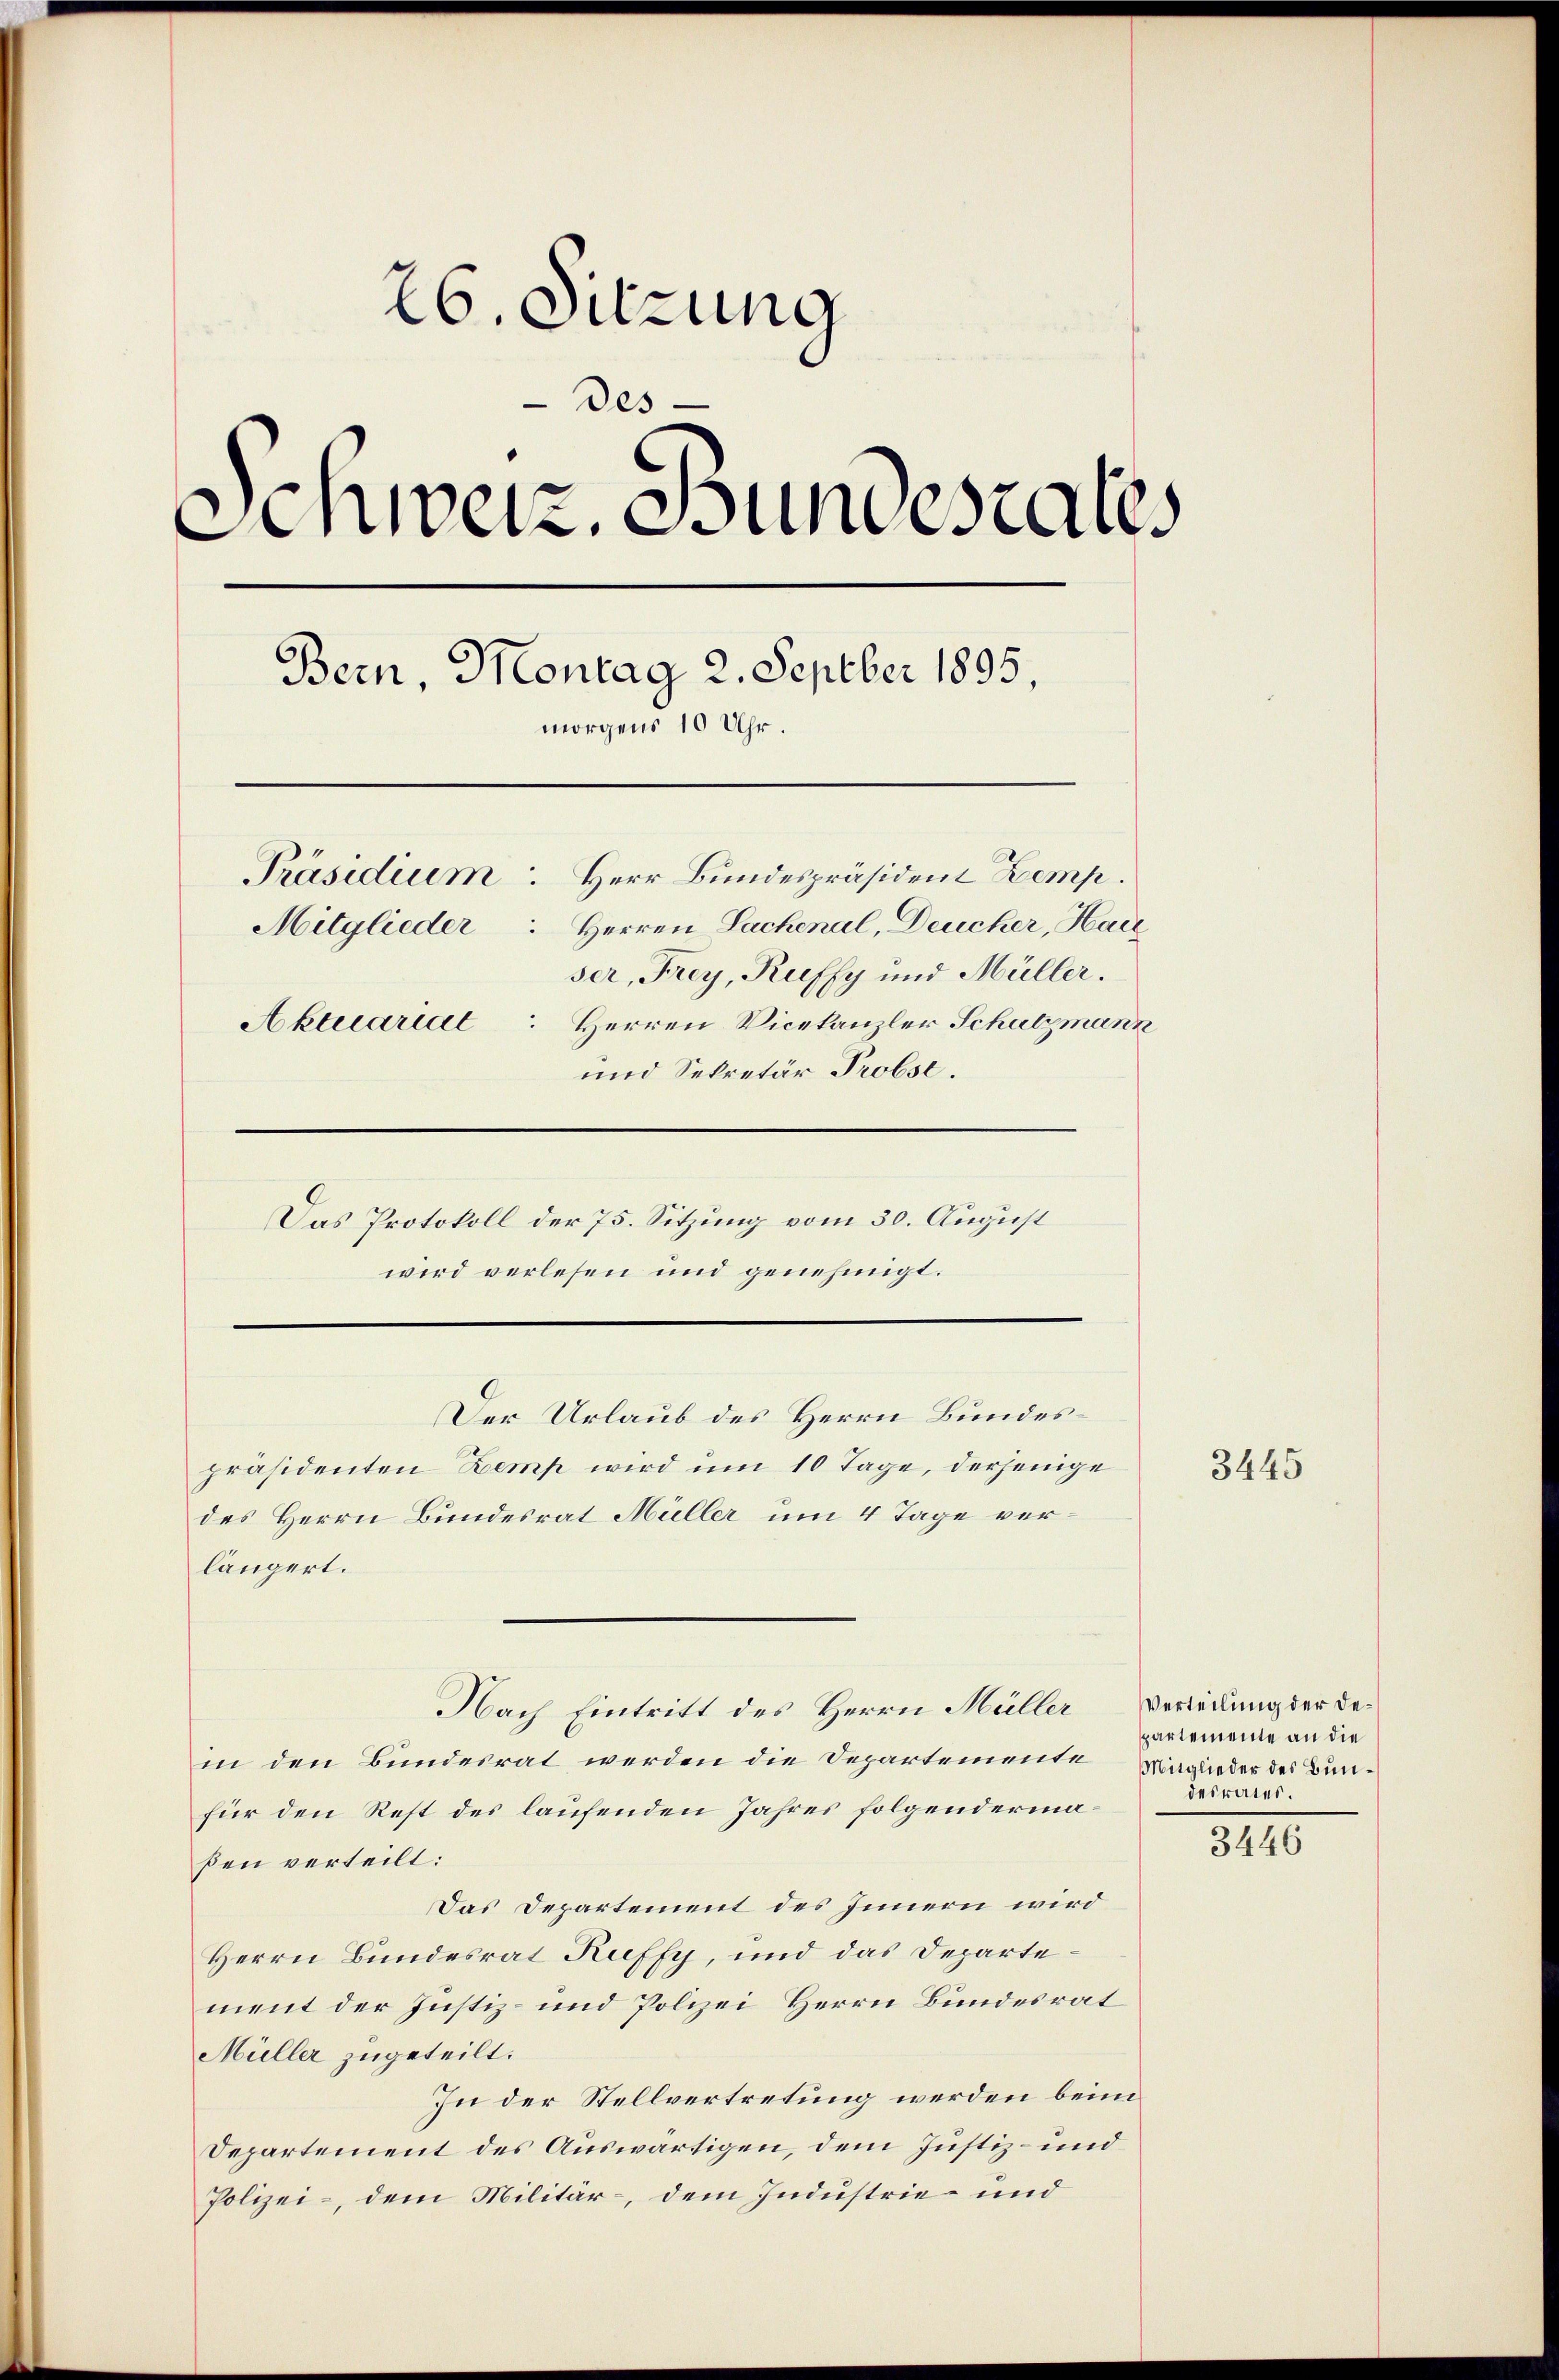
26. Sitzung
Des
Einweiz. Bundesrates
Bern, Montag 2. Septber 1895,
morgens 10 Uhr.
Präsidium. Herr Bundespräsident Zemp.
Mitglieder Herren Sachenal, Deucher, Harz
ser, Frey, Ruffy und Müller.
Aktuariat Herren Vicekanzler Schutzmann
und Sekretär Probse.
Das Protokoll der 75. Sitzung vom 30. August
wird verlesen und genehmigt.

Der Urlaub des Herrn Bundes¬

präsidenten Zemp wird um 10 Tage, derjenige
des Herrn Bundesrat Müller um 4 Tage ver¬

längert.
Nach Eintritt des Herrn Müller
in den Bundesrat werden die Departemente Maglieder des Bunfür den Rest des laufenden Jahres folgendermaßen verteilt:
Das Departement des Innern wird
Herrn Bundesrat Ruffy, und das Departement der Justiz- und Polizei Herrn Bundesrat
Müller zugeteilt.
In der Stellvertretung werden beim
Departement des Auswärtigen, dem Justiz- und
Polizei-, dem Militär-, dem Industrie- und

3445

Verteilung der Departemente an die
desrates.

3446